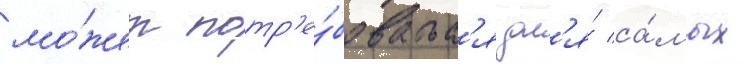
мо́жет потр'е́боватьс'я дл'я́ са́мых